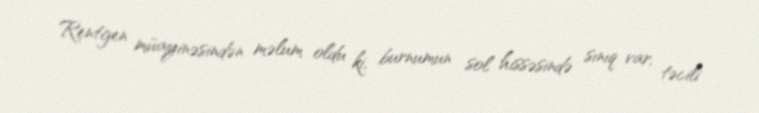
Rentgen müayinəsindən məlum oldu ki, burnumun sol hissəsində sınıq var, təcili